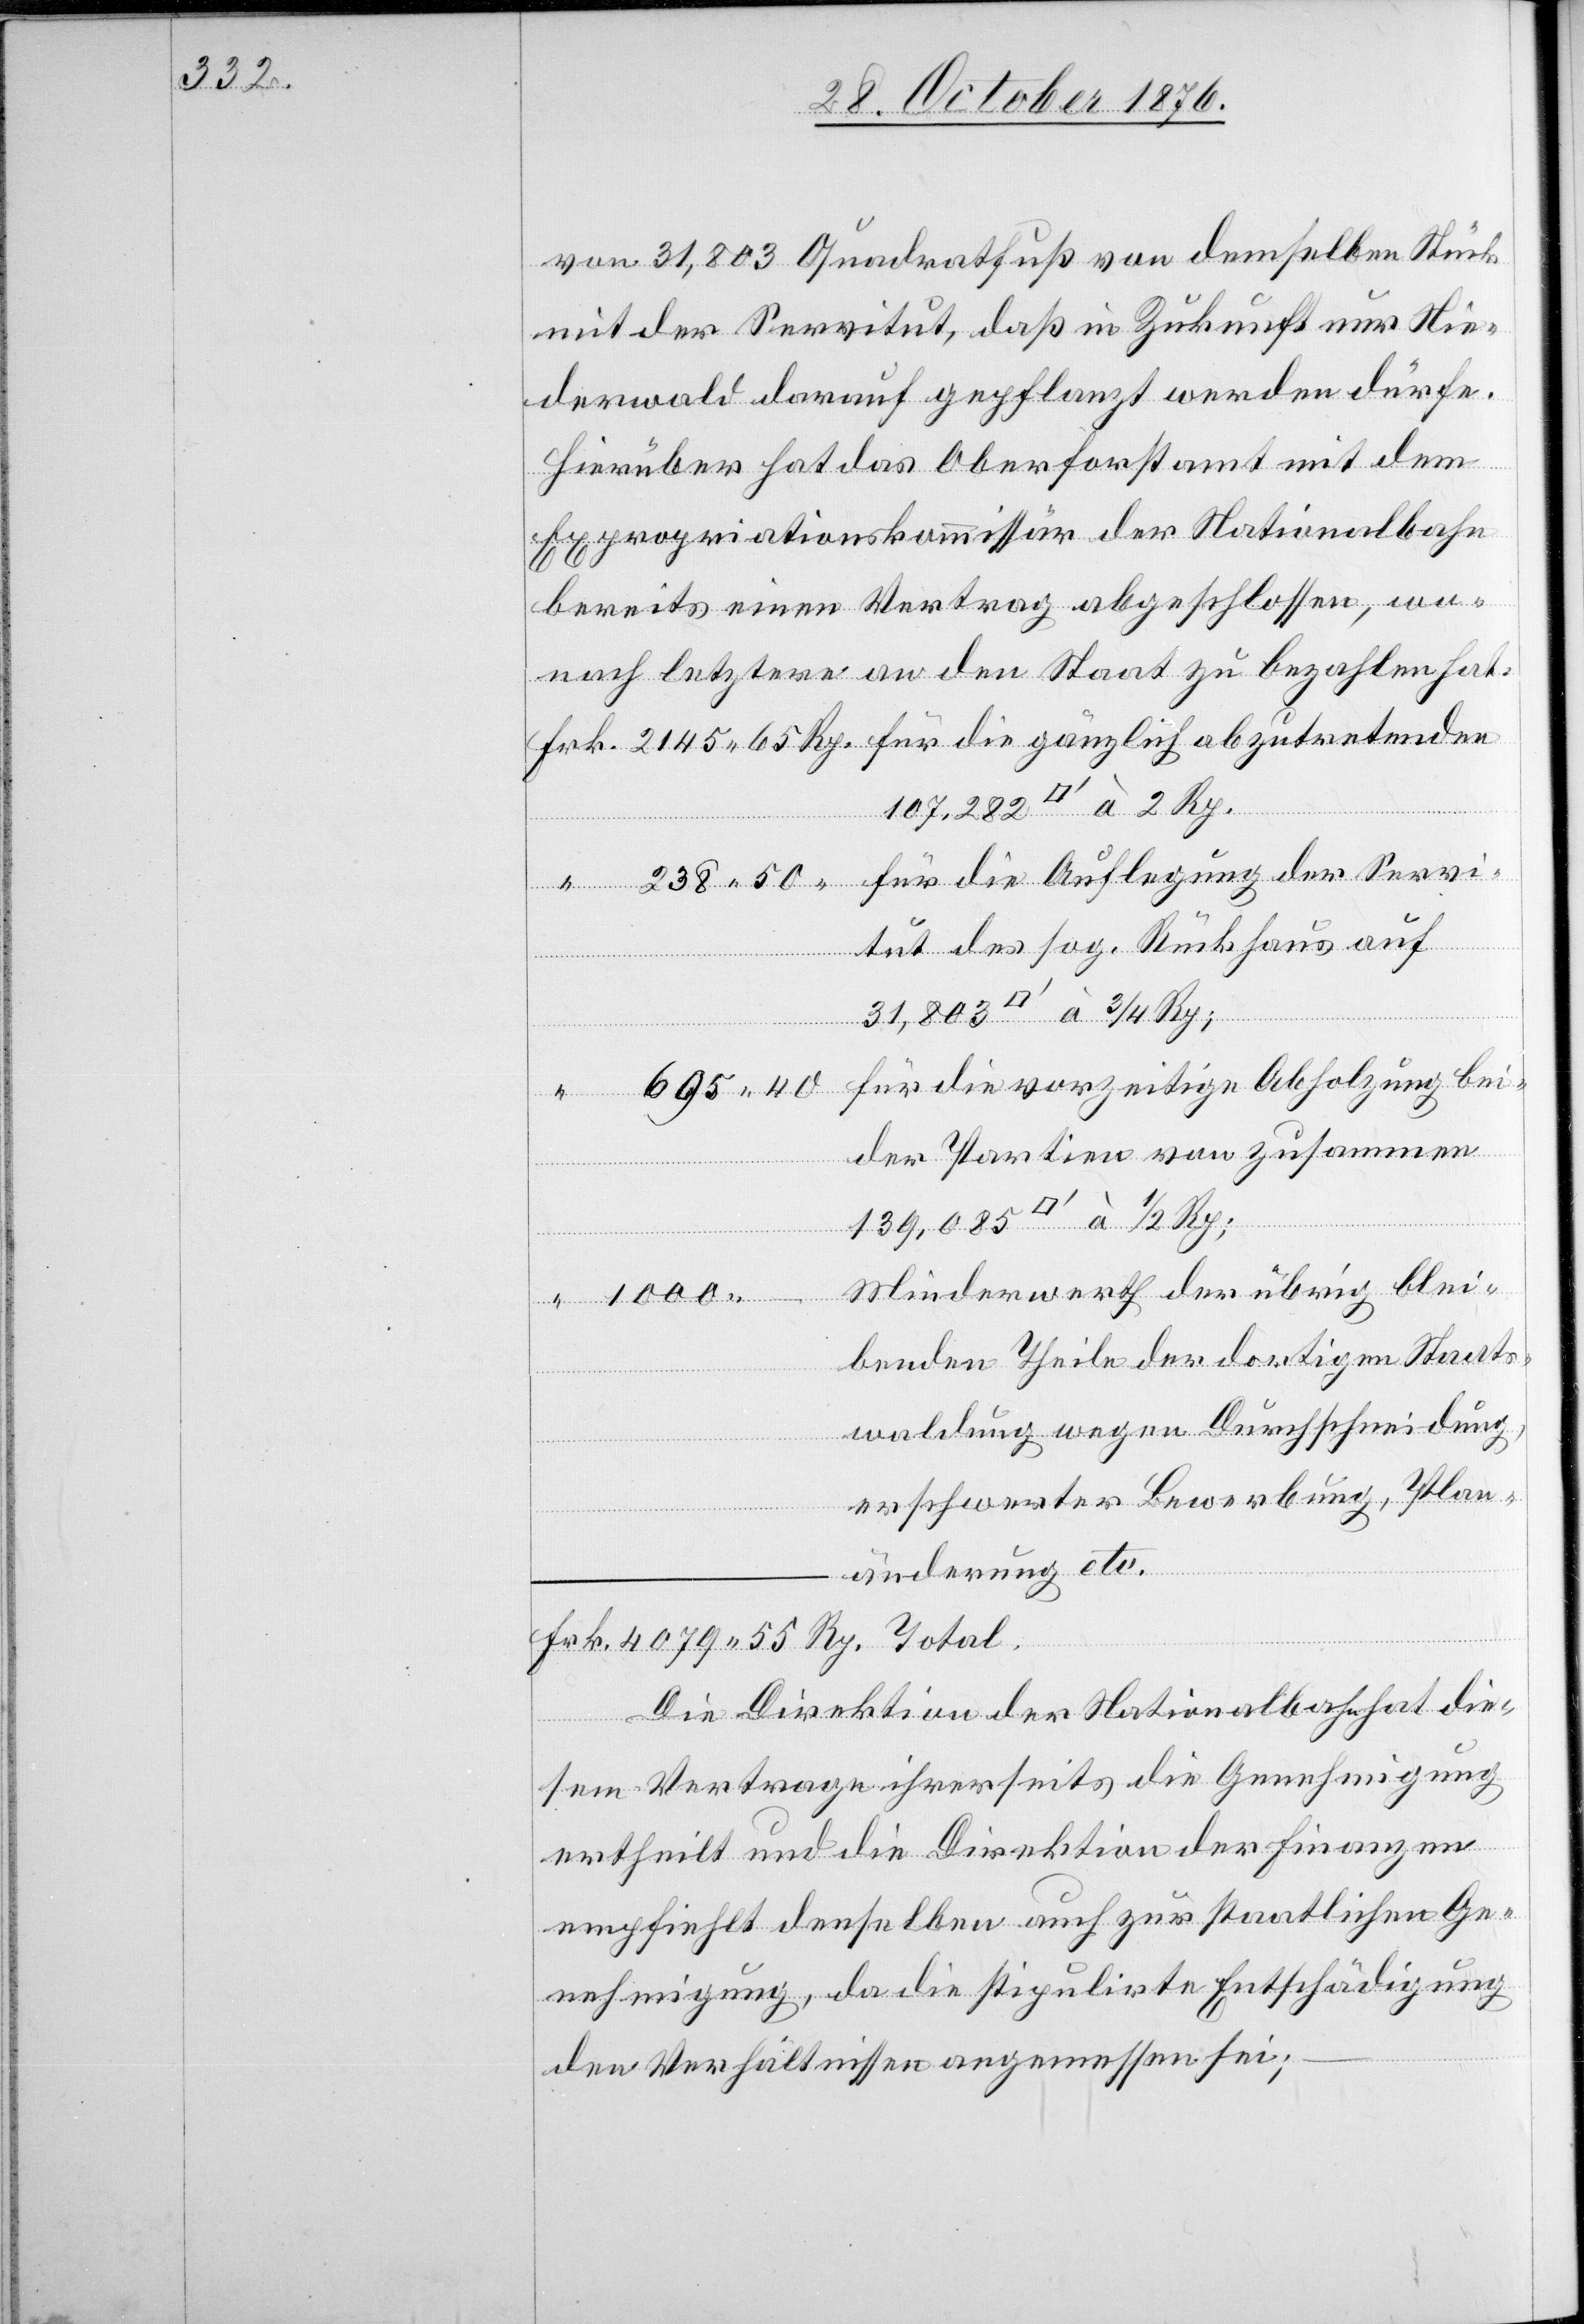
von 31,803 Quadratfuß von demselben Stück
mit der Servitut, daß in Zukunft nur Nie¬
derwald darauf gepflanzt werden dürfe.
Hierüber hat das Oberforstamt mit dem
Expropriationskommissär der Nationalbahn
bereits einen Vertrag abgeschlossen, wo¬
nach letztere an den Staat zu bezahlen hat:
itut des sog. Rückhaus auf
für die vorzeitige Abholzung bei¬
der Partien von zusammen
Minderwerth der übrig blei¬
benden Theile der dortigen Staats¬
waldung wegen Durchschneidung,
erschwerter Bewerbung, Plan¬
änderung etc.
Die Direktion der Nationalbahn hat die¬
Serv¬
sem Vertrage ihrerseits die Genehmigung
ertheilt und die Direktion der Finanzen
empfiehlt denselben auch zur staatlichen Ge¬
nehmigung, da die stipulirte Entschädigung
den Verhältnissen angemessen sei;

–